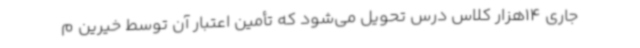
جاری 14هزار کلاس درس تحویل می‌شود که تأمین اعتبار آن توسط خیرین م